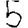
Digit: 5